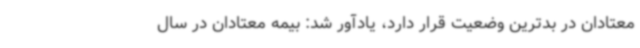
معتادان در بدترین وضعیت قرار دارد، یادآور شد: بیمه معتادان در سال